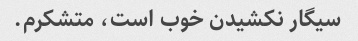
سیگار نکشیدن خوب است، متشکرم.